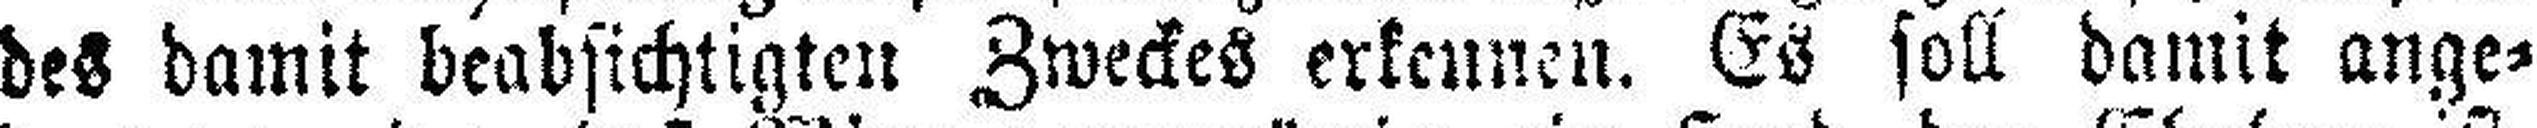
des damit beabsichtigten Zweckes erkennen. Es soll damit ange¬